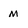
Character: m